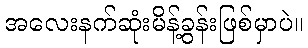
အလေးနက်ဆုံးမိန့်ခွန်းဖြစ်မှာပဲ။